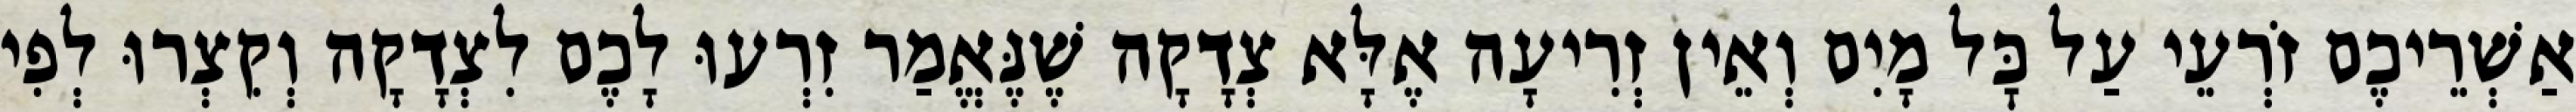
אַשְׁרֵיכֶם זֹרְעֵי עַל כׇּל מָיִם וְאֵין זְרִיעָה אֶלָּא צְדָקָה שֶׁנֶּאֱמַר זִרְעוּ לָכֶם לִצְדָקָה וְקִצְרוּ לְפִי